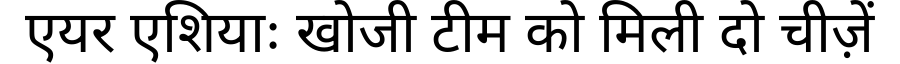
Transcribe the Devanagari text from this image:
एयर एशियाः खोजी टीम को मिली दो चीज़ें